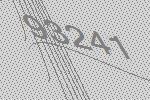
93241